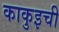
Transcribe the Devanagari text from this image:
काकुइची